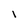
Character: 1